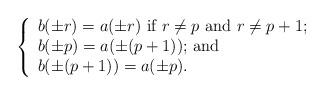
LaTeX: \begin{align*}\left \{\begin{array}{l} b(\pm r) = a(\pm r) \mbox{ if $r \neq p$ and $r \neq p+1$;} \\ b(\pm p) = a(\pm (p+1)) \mbox{; and} \\ b(\pm (p+1)) = a(\pm p). \end{array} \right.\end{align*}